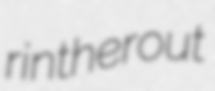
rintherout